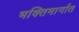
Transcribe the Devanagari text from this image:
भक्तिमार्गात